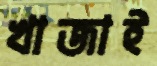
খাজাই